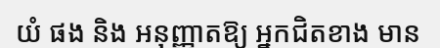
យំ ផង និង អនុញ្ញាតឱ្យ អ្នកជិតខាង មាន